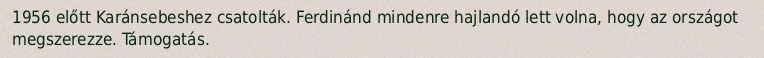
1956 előtt Karánsebeshez csatolták. Ferdinánd mindenre hajlandó lett volna, hogy az országot megszerezze. Támogatás.